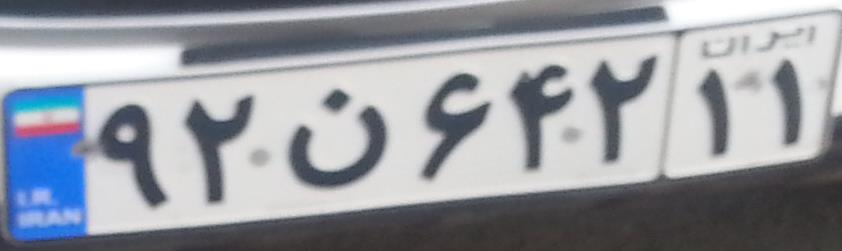
۹۲ن۶۴۲۱۱